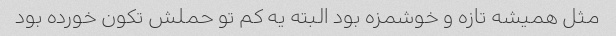
مثل همیشه تازه و خوشمزه بود البته یه کم تو حملش تکون خورده بود